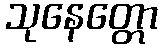
သုနေတ္တော